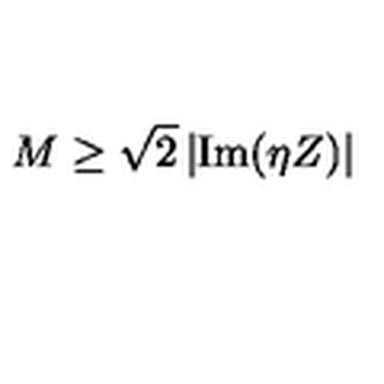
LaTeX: M \geq \sqrt { 2 } \left| \mathrm { I m } ( \eta Z ) \right|